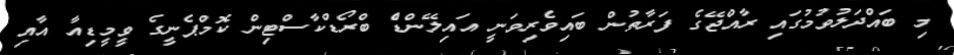
މި ބައްދަލުވުމުގައި ރާއްޖޭގެ ފަރާތުން ބައިވެރިވަނީ އައިލޭންޑެް ބްރޯޑްކާސްޓިން ކޮމްޕެނީގެ ވީމީޑިއާ އާއި